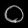
Digit: ၀